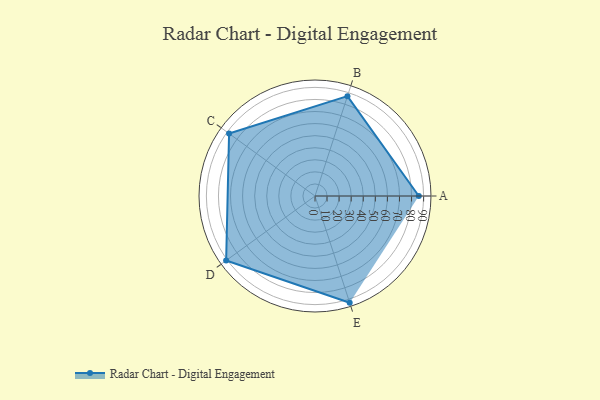
{"axis": {"x": "Skill", "y": "Score"}, "legend": ["Profile"], "data": [{"x": "A", "y": 86.0, "type": "Profile"}, {"x": "B", "y": 87.0, "type": "Profile"}, {"x": "C", "y": 88.0, "type": "Profile"}, {"x": "D", "y": 91.0, "type": "Profile"}, {"x": "E", "y": 93.0, "type": "Profile"}]}